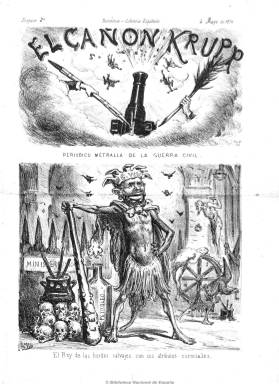
Título: El Cañón Krupp
Colección: Revistas satíricas y humorísticas || Periódicos
Ámbito geográfico: Barcelona
Lugar de publicación: Barcelona
Fechas: 04/05/1874-07/05/1874

Semanario publicado entre el 21 de abril y el 24 de septiembre de 1874, distribuido en Barcelona por la Librería Española  e impreso por la Viuda e Hijos de Gaspar. Coincide su aparición con el final del llamado ‘Sexenio Liberal’ una vez que el General Pavía encabezara el golpe militar disolviendo las Cortes Republicanas  y presidiendo un gobierno dirigido por Serrano. De corte republicano, se publicó con la intención de combatir de nuevo la insurrección carlista localizada en las Provincias Vascas y Navarra, donde en Estella había establecido su gobierno, según  se destaca en el editorial del primer número y a la manera que se había hecho en el periódico desaparecido El Cañón Rayado contra los marroquíes, a base de textos satíricos acompañados de caricaturas alusivas. Su autor fue Tomás Padró quien,  además de denotar una gran destreza como dibujante, las utiliza como auténticas armas políticas.